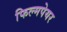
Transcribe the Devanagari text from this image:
फिल्मपेयर